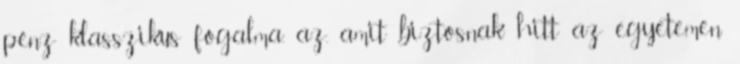
pénz klasszikus fogalma, az, amit biztosnak hitt az egyetemen